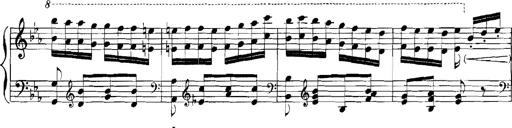
Title: Rhapsodies hongroises
Composer: Franz Liszt